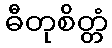
ဓီတုစိတ္တံ